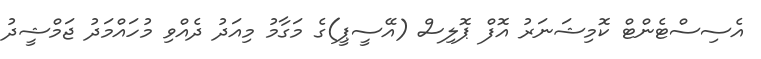
އެސިސްޓެންޓް ކޮމިޝަނަރު އޮފް ޕޮލިސް (އޭސީޕީ)ގެ މަގާމު މިއަދު ދެއްވި މުހައްމަދު ޖަމްޝީދު